Vital statistics of India. Vol. VI, European troops 1870-79
Year: 1870
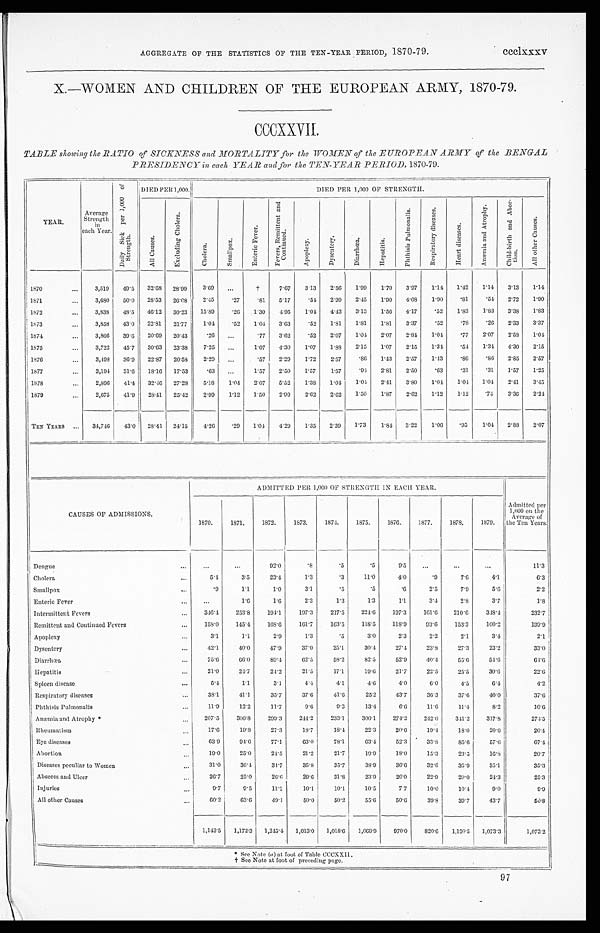
AGGREGATE OF THE STATISTICS OF THE TEN-YEAR PERIOD, 1870-79.
ccclxxxv
X.—WOMEN AND CHILDREN OF THE EUROPEAN ARMY, 1870-79.
CCCXXVII.
TABLE showing the RATIO of SICKNESS and MORTALITY for the WOMEN of the EUROPEAN ARMY of the BENGAL
PRESIDENCY in each YEAR and for the TEN-YEAR PERIOD, 1870-79.
YEAR.
Average
Strength
in
each Year.
D a i l y S i c k p e r 1 , 0 0 0 o f
S t r e n g t h .
DIED PER 1,000.
DIED PER 1,000 OF STRENGTH.
Al l C a u s e s .
E x c l u d i n g C h o l e r a .
Chol er a.
S m a l l p o x .
E n t e r i c F e v e r .
F e v e r s , R e m i t t e n t a n d
Co n t i n u e d .
A p o p l e x y .
D y s e n t e r y .
D i a r r h œ a .
He p a t i t i s .
P h t h i s i s P u l m o n a l i s .
R e s p i r a t o r y d i s e a s e s .
H e a r t d i s e a s e s .
A n æ m i a a n d A t r o p h y .
C h i l d - b i r t h a n d A b o r -
tion.
A l l o t h e r C a u s e s .
1870
...
3,519 49.5 32.68 28.99
3.69 ...
†
7.67
3.13
2.56 1.99
1.70 3.97
1.14 1.42
1.14 3.13
1.14
1871
...
3,680 50.0 28.53 26.08
2.45
.27
.81 5.17
.54 2.99 2.45
1.90 4.08 1.90
.81
. 5 4
2.72
1.90
1872
...
3,838 48.5 46.12 30.23 15.89
. 26
1.30
4.95
1.04 4.43
3.13
1.56 4.17
.52
1.83
1.83 3.38
1.83
1873
. . . 3,858 43.0 22.81 21.77 1.04
.52 1.04 3.63
.52
1.81
1.81
1.81
3.37
.52
.78
.26 2.33
3.37
1874
...
3,866 39.6 20.69 20.43
.26 ...
.77 3.62
.52 2.07
1. 04
2.07 2.84 1.04 .77
2. 07
2.58
1.04
1875
...
3,722 45.7 30.63 23.38
7.25 ...
1.07 4.30 1.07
1.88
2.15
1.07
2.15
1.34 .54
1. 34
4.30 2.15
1876
. . . 3,498 36.9 22.87 20.58 2.29 ...
.57 2.29
1.72
2.57
. 8 6
1.43
2.57
1.43
.86
.86 2.85 2.57
1877
. . . 3,194 31.6 18.16 17.53
.63 ...
1.57 2.50
1.57
1.57
. 94
2.81
2.50
.63
.31
.31
1.57
1.25
1878
. . . 2,896 41.4 32.46 27.28
5.18
1.04 2.07 5.52
1.38 1.04
1. 04
2.41
3.80
1.04 1.04 1. 04
2.41
3.45
1879
. . . 2,675 41.9 28.41 25.42
2.99
1.12 1.50
2.99 2.62
2.62
1.50
1.87
2.62
1.12
1.12
.74
3.36
2.24
TEN YEARS ... 34,746 43.0 28.41 24.15
4.26
.29 1.04 4.29
1.35 2.39 1.73
1.84 3.22
1.06
.95
1. 04
2.88 2.07
CAUSES OF ADMISSIONS.
ADMITTED PER 1,000 OF STRENGTH IN EACH YEAR.
Admitted per
1,000 on the
Average of
the Ten Years.
1870.
1871.
1872.
1873.
1874.
1875.
1876.
1877.
1878.
1879.
Dengue
...
...
...
92.0
. 8
.5
.5
9 . 5
. . .
...
...
1 1 . 3
Cholera
...
5.4
3.5
23.4
1.3
.3
11.0
4. 0
. 9
7.6
4.1
6.3
Smallpox
...
.9
1.1
1.0
3.1
. 5
.5
.6
2.5
7.9
5.6
2.2
Enteric Fever
...
...
1.6
1.6
2.3
1.3
1.3
1.1
3.4
2.8
3.7
1 . 8
Intermittent Fevers
...
346.4
253.8
194.1
197.3
217.5
224.6
197.3
161.6
210.6
348.4
232.7
Remittent and Continued Fevers
...
158.0
145.4
168.6
161.7
163.5
118.5
118.9
93.6
153.3
100.2
139.9
Apoplexy
. . .
3.1
1 . 1
2.9
1.3
.5
3.0
2.3
2.2
2.1
3.4
2.1
Dysentery
...
42.1
40.0
47.9
37.0
25.1
30.4
27. 4
23.8
27.3
23.2
33.0
Diarrhœa
...
75.6
66.0
89.4
62.5
58.2
82.5
52.9
40.4
55.6
54.6
64.6
H e p a t i t i s
...
21.0
24.7
24.2
21.5
17.1
19.6
21.7
22.5
25.5
30.6
22.6
Spleen disease
...
5.4
1 . 1
3.1
4.4
4.1
4.6
4. 0
6.0
4.5
6.4
4.2
Respiratory diseases
. . .
38.1
41.1
35.7
37.6
41.6
25.2
43.7
36.3
37.6
40.0
37.6
Phthisis Pulmonalis
...
11.9
12.2
11.7
9.6
9.3
13.4
6 . 6
11.6
11.4
8.2
10.6
Anæmia and Atrophy *
...
207.5
306.8
299.3
244.2
233.1
300.1
274.2
242.0
341.2
317.8
274.5
Rheumatism
...
17.6
19.8
27.3
18.7
18.4
22.3
20.6
19.4
18.0
20.6
20.4
Eye diseases
...
63.9
94.6
77.1
63.0
78.1
63.4
52.3
33.8
85.6
57.6
67.4
Abortion
...
19.0
25.0
24.5
21.2
21.7
19.9
18.0
15.3
23.5
16.8
20.7
Diseases peculiar to Women
...
31.0
36.4
34.7
35.8
35.7
38.9
36.6
32.6
35.9
35.1
35.3
Abscess and Ulcer
. . .
26.7
25.0
26.6
29.6
31.8
23.9
20. 0
22.9
20.0
24.3
25.3
Injuries
. . .
9.7
9.5
11. 2
10.1
10.1
10.5
7.7
10.0
10.4
9.0
9.9
All other Causes
. . .
60.2
63.6
49.1
50.0
50.2
55.6
50.6
39.8
39.7
43.7
50.8
1,143.5 1,172.3 1,245.4 1,013.0 1,018.6 1,069.9
970.0
820.6 1,120.5 1,073.3
1,073.2
* See Note (a ) at foot of Table CCCXXII.
97